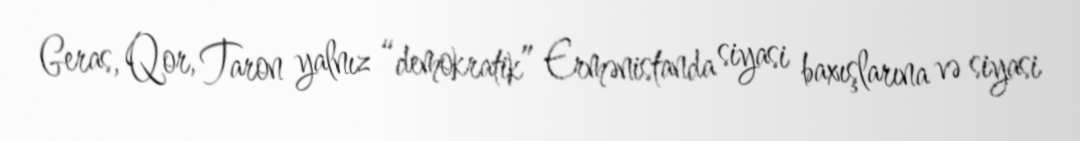
Geras, Qor, Taron yalnız “demokratik” Ermənistanda siyasi baxışlarına və siyasi